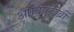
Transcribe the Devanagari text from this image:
आदिपुरुखीं